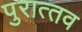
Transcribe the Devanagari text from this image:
पुरात्‍तव